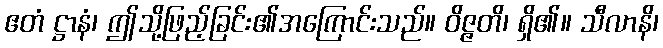
ဧတံ ဋ္ဌာနံ၊ ဤသို့ဖြည့်ခြင်း၏အကြောင်းသည်။ ဝိဇ္ဇတိ၊ ရှိ၏။ သီလာနိ၊